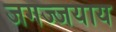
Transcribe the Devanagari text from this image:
जगज्जयाय